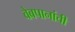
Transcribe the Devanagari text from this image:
वेबपानांची